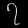
Digit: ၇